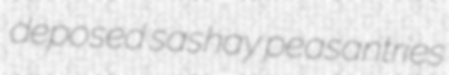
deposed sashay peasantries